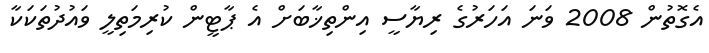
އެގޮތުން 2008 ވަނަ އަހަރުގެ ރިޔާސީ އިންތިޚާބަށް އެ ޕާޓީން ކުރިމަތިލީ ވައުދުތަކަކާ